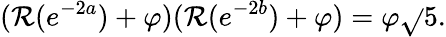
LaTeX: (\mathcal{R}(e^{-2a})+\varphi)(\mathcal{R}(e^{-2b})+\varphi)=\varphi{\sqrt{}{{5}}}.